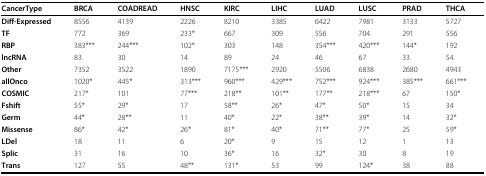
<table><thead><tr><td><b>CancerType</b></td><td><b>BRCA</b></td><td><b>COADREAD</b></td><td><b>HNSC</b></td><td><b>KIRC</b></td><td><b>LIHC</b></td><td><b>LUAD</b></td><td><b>LUSC</b></td><td><b>PRAD</b></td><td><b>THCA</b></td></tr></thead><tbody><tr><td><b>Diff-Expressed</b></td><td>8556</td><td>4139</td><td>2226</td><td>8210</td><td>3385</td><td>6422</td><td>7981</td><td>3133</td><td>5727</td></tr><tr><td><b>TF</b></td><td>772</td><td>369</td><td>233*</td><td>667</td><td>309</td><td>556</td><td>704</td><td>291</td><td>556</td></tr><tr><td><b>RBP</b></td><td>383***</td><td>244***</td><td>102*</td><td>303</td><td>148</td><td>354***</td><td>420***</td><td>144*</td><td>192</td></tr><tr><td><b>lncRNA</b></td><td>83</td><td>30</td><td>14</td><td>89</td><td>24</td><td>46</td><td>67</td><td>33</td><td>54</td></tr><tr><td><b>Other</b></td><td>7352</td><td>3522</td><td>1890</td><td>7175***</td><td>2920</td><td>5506</td><td>6838</td><td>2680</td><td>4943</td></tr><tr><td><b>allOnco</b></td><td>1020*</td><td>445*</td><td>313***</td><td>960***</td><td>429***</td><td>752***</td><td>924***</td><td>385***</td><td>661***</td></tr><tr><td><b>COSMIC</b></td><td>217*</td><td>101</td><td>77***</td><td>218**</td><td>101**</td><td>177**</td><td>218***</td><td>67</td><td>150*</td></tr><tr><td><b>Fshift</b></td><td>55*</td><td>29*</td><td>17</td><td>58**</td><td>26*</td><td>47*</td><td>50*</td><td>15</td><td>34</td></tr><tr><td><b>Germ</b></td><td>44*</td><td>28**</td><td>11</td><td>40*</td><td>22*</td><td>38**</td><td>39*</td><td>14</td><td>32*</td></tr><tr><td><b>Missense</b></td><td>86*</td><td>42*</td><td>26*</td><td>81*</td><td>40*</td><td>71**</td><td>77*</td><td>25</td><td>59*</td></tr><tr><td><b>LDel</b></td><td>18</td><td>11</td><td>6</td><td>20*</td><td>9</td><td>15</td><td>12</td><td>1</td><td>13</td></tr><tr><td><b>Splic</b></td><td>31</td><td>16</td><td>10</td><td>36*</td><td>16</td><td>32*</td><td>30</td><td>8</td><td>19</td></tr><tr><td><b>Trans</b></td><td>127</td><td>55</td><td>48**</td><td>131*</td><td>53</td><td>99</td><td>124*</td><td>38</td><td>88</td></tr></tbody></table>